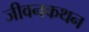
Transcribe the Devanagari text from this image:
जीवनकथन